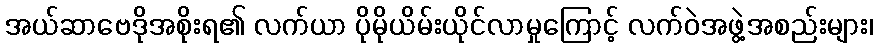
အယ်ဆာဗေဒိုအစိုးရ၏ လက်ယာ ပိုမိုယိမ်းယိုင်လာမှုကြောင့် လက်ဝဲအဖွဲ့အစည်းများ၊